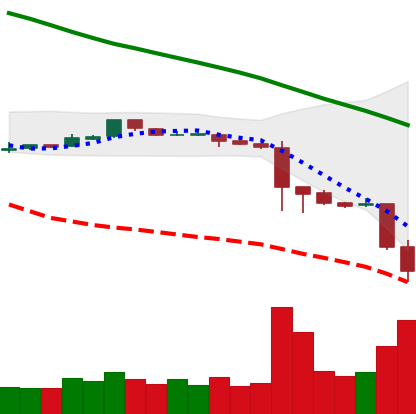
Ticker: ETC-USD
Chart end date: 2018-11-20
Forward return: -13.411%
Label: down_7plus